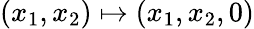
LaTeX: (x_{1},x_{2})\mapsto(x_{1},x_{2},0)